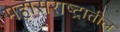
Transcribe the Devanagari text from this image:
महासराष्ट्रातील